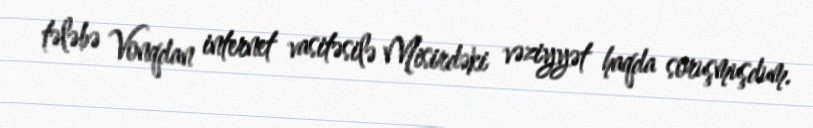
tələbə Vonqdan internet vasitəsilə Misirdəki vəziyyət haqda soruşmuşdum.